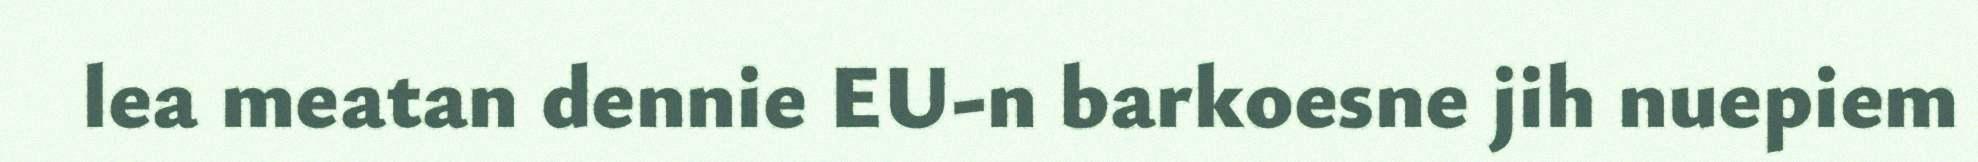
lea meatan dennie EU-n barkoesne jih nuepiem